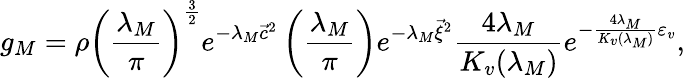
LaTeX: g_{M}=\rho\left(\frac{\lambda_{M}}{\pi}\right)^{\frac{3}{2}}e^{-\lambda_{M}{\vec{c}}^{2}}\left(\frac{\lambda_{M}}{\pi}\right)e^{-\lambda_{M}{\vec{\xi}}^{2}}\frac{4\lambda_{M}}{K_{v}(\lambda_{M})}e^{-\frac{4\lambda_{M}}{K_{v}(\lambda_{M})}\varepsilon_{v}},